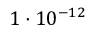
1 \cdot 1 0 ^ { - 1 2 }